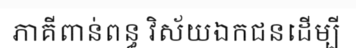
ភាគីពាន់ពន្ធ វិស័យឯកជនដើម្បី